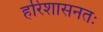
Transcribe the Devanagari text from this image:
हरिशासनतः